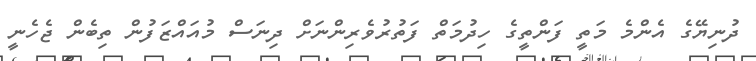
ދުނިޔޭގެ އެންމެ މަތީ ފަންތީގެ ހިދުމަތް ފަތުރުވެރިންނަށް ދިނަސް މުއައްޒަފުން ތިބެން ޖެހެނީ